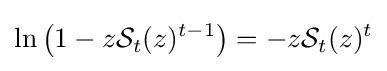
\ln \left(1-z{\mathcal {S}}_{t}(z)^{t-1}\right)=-z{\mathcal {S}}_{t}(z)^{t}